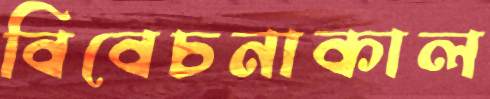
বিবেচনাকাল